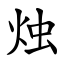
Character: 烛